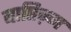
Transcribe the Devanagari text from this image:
बाप्तिज़्म